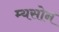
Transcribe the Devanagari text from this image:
म्यसोन